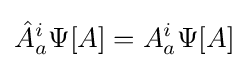
{\hat {A}}_{a}^{i}\Psi [A]=A_{a}^{i}\Psi [A]